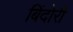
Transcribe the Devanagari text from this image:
बिंदोरी